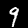
Label: 9